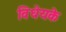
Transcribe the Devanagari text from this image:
विधेयके